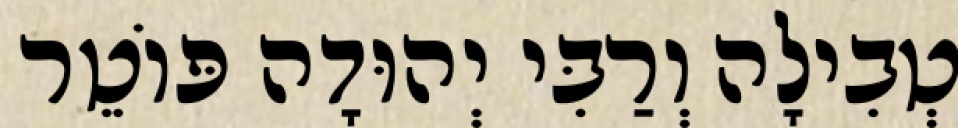
טְבִילָה וְרַבִּי יְהוּדָה פּוֹטֵר